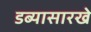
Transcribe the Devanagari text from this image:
डब्यासारखे